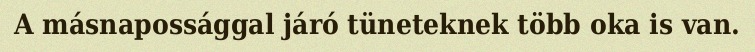
A másnapossággal járó tüneteknek több oka is van.